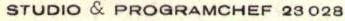
STUDIO & PROGRAMCHEF 23 028